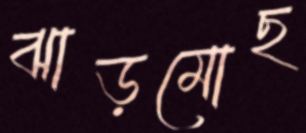
ঝাড়মোছ